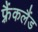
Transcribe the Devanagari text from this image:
फ़्रैंकलैंड